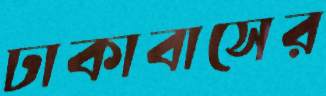
ঢাকাবাসের